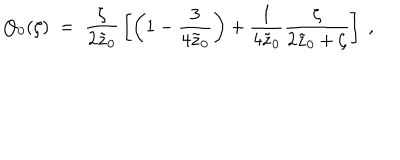
Q _ { 0 } ( \zeta ) \; = \; { \frac { \zeta } { 2 \tilde { z } _ { 0 } } } \left[ \left( 1 - { \frac { 3 } { 4 \tilde { z } _ { 0 } } } \right) + { \frac { 1 } { 4 \tilde { z } _ { 0 } } } { \frac { \zeta } { 2 \tilde { z } _ { 0 } + \zeta } } \right] \; ,